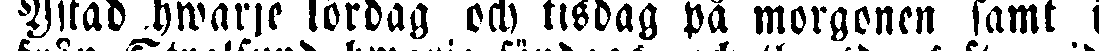
Ystad hwarje lördag och tisdag på morgonen samt i